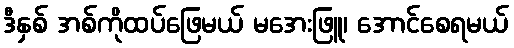
ဒီနှစ် အစ်ကိုထပ်ဖြေမယ် မအေးဖြူ၊ အောင်စေရမယ်